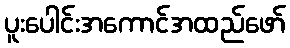
ပူးပေါင်းအကောင်အထည်ဖော်